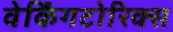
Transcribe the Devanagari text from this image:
वेर्किंगटोरिक्स